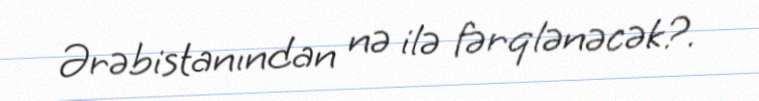
Ərəbistanından nə ilə fərqlənəcək?.